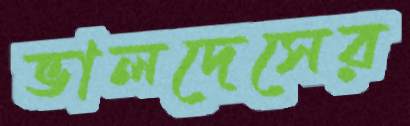
ভালদেসের